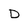
Character: D